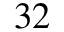
3 2